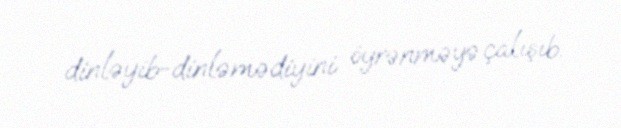
dinləyib-dinləmədiyini öyrənməyə çalışıb.